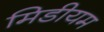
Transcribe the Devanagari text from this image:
मिडीयम